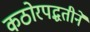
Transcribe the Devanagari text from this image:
कठोरपद्धतीने